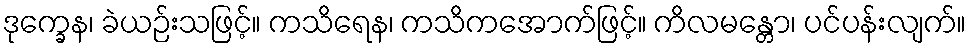
ဒုက္ခေန၊ ခဲယဉ်းသဖြင့်။ ကသိရေန၊ ကသိကအောက်ဖြင့်။ ကိလမန္တော၊ ပင်ပန်းလျက်။